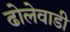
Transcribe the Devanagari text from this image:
ढोलेवाडी